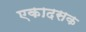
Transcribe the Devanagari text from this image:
एकादसक